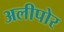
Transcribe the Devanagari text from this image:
अलीपोर